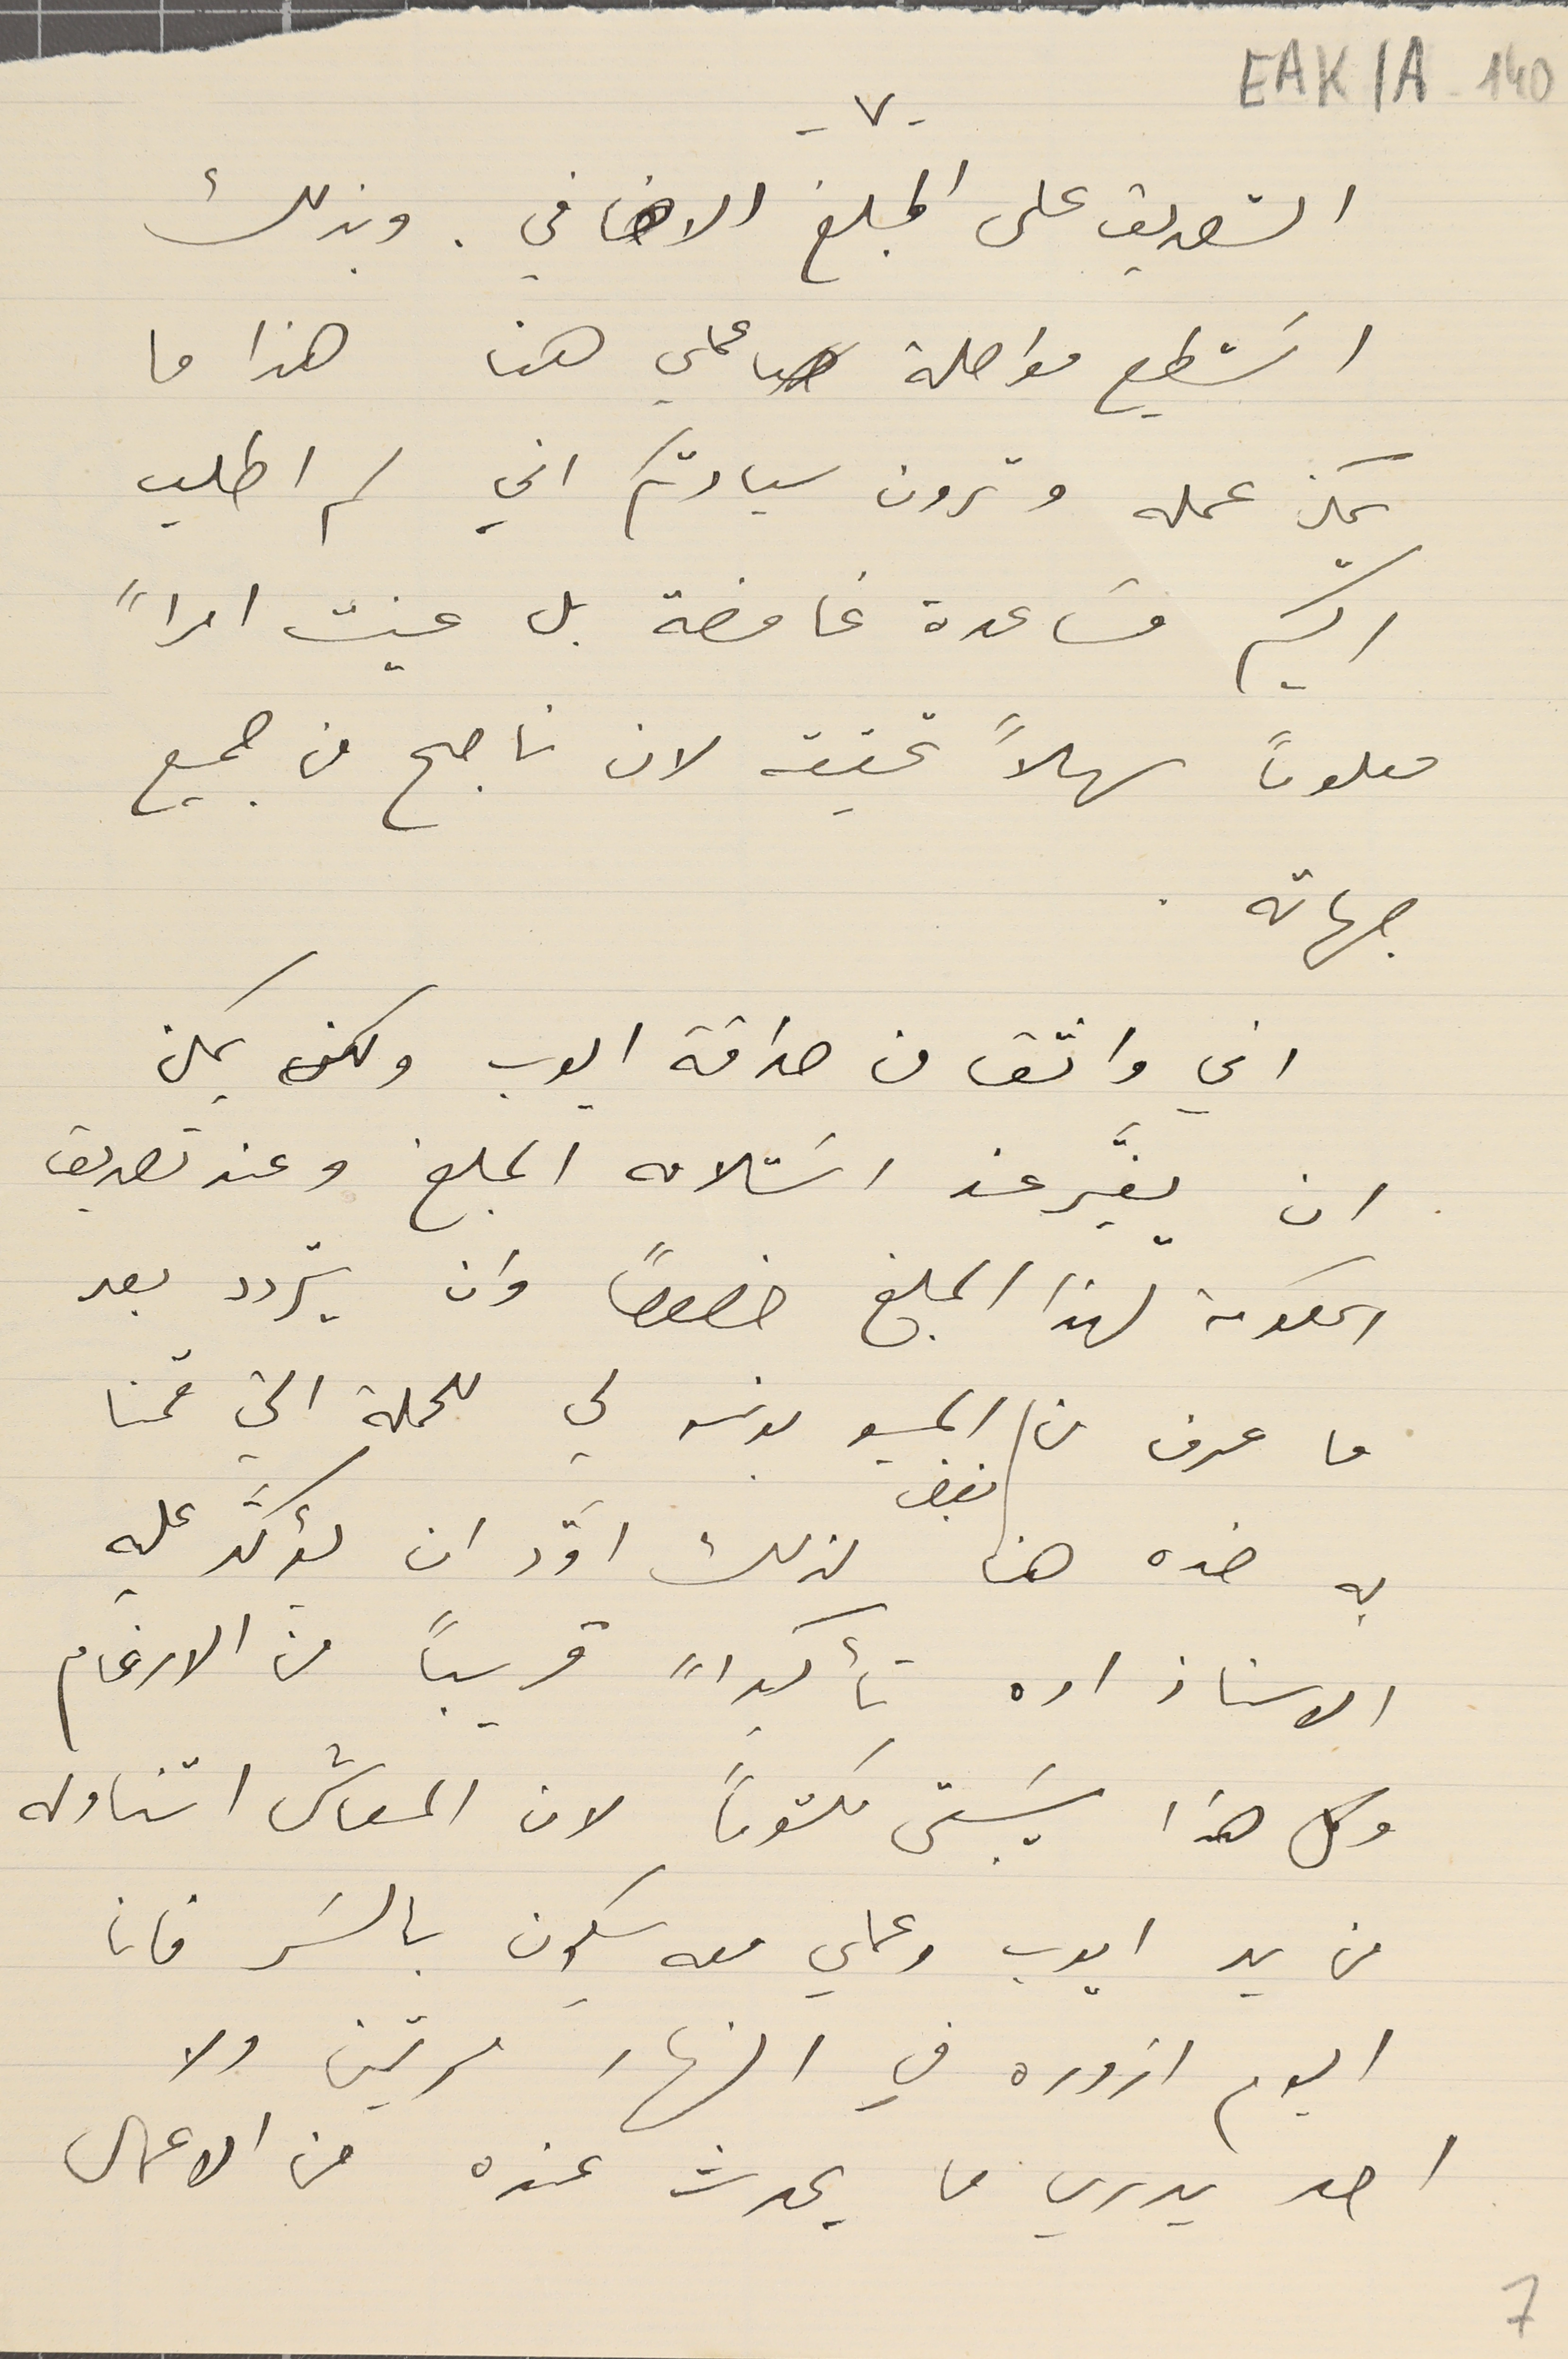
EAK1A-140
-٧-
التصديق على المبلغ الاضافي. وبذلك
اسَتطيع مواصلة عملي هنا هذا ما
يمكن عمله وترون سيادتكم اني لم اطلب
اليكم مسَاعدة غامضة بل عنيت امراًَ
 معلوماً سهلاً تحقيقه لان ناجح من جميع
جهاته.
اني واثق من صداقة ايوب ولكن يمكن
ان يغَيّر عند اسَتلامه المبلغ وعند تصديق
الحكومة لهذا المبلغ خصوصاً وان يتردد بعد
ما عرف من بغض المسيو بونسو لي للحملة التي قمنا
به ضده هنا لذلك أوَّد ان يؤكَّد عليه
الاستاذ اده تأكداً قريباً من الارغام
وكل هذا سَيبقى مكتوماً لان المعاش اتناوله
من يد ايوب وعملي معه يكون بالسَر فانا
اليوم ازوره في النهار مرتين ولا
احد يدري ما يحدث عنده من الاعمال
7